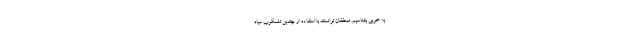
به خوبی بشناسیم. محققان توانستند با استفاده از چندین تلسکوپ سیاه‌